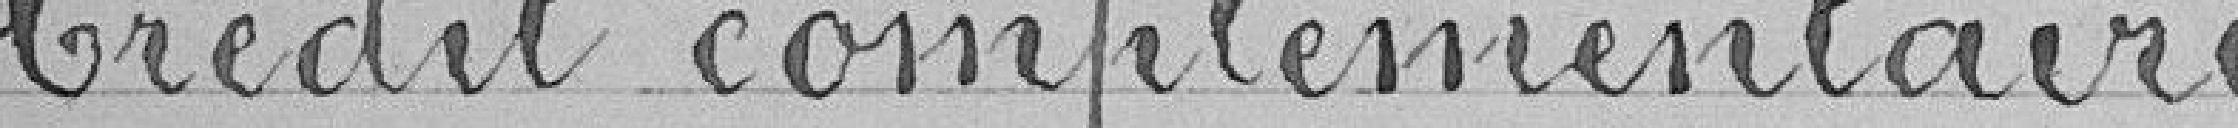
Crédit complémentaire